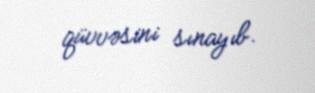
qüvvəsini sınayıb.